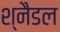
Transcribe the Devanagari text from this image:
श्नैडल